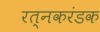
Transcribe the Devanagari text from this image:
रत्नकरंडक